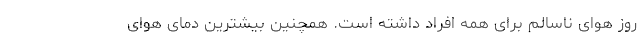
روز هوای ناسالم برای همه افراد داشته است. همچنین بیشترین دمای هوای